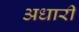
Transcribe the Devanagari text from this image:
अधारी